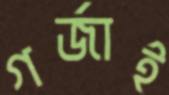
গর্জাই